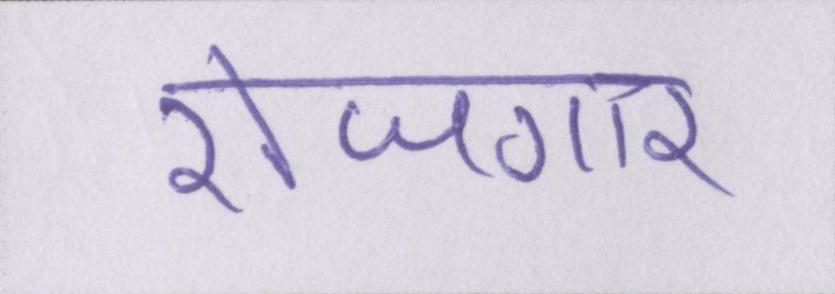
रोजगार